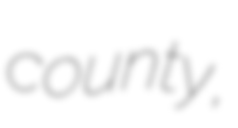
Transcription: county,